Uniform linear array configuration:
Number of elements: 8
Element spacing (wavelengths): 1
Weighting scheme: hamming
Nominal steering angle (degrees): -15
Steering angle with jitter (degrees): -15.669
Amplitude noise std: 0.05
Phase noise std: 0.05

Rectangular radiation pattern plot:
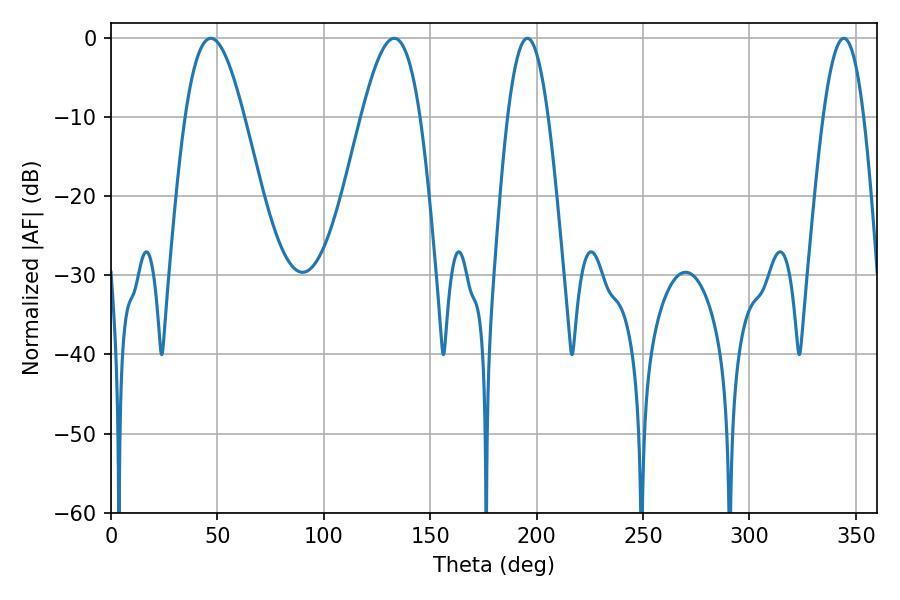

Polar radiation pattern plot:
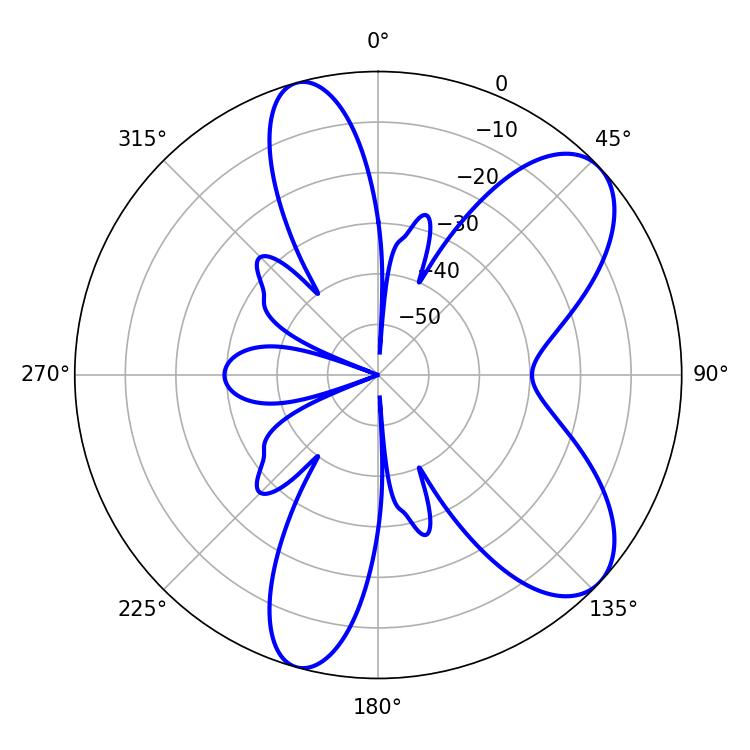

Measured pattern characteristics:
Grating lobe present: TRUE
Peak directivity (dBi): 8.042
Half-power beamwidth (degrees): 10.44
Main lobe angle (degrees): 195.66